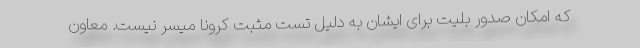
که امکان صدور بلیت برای ایشان به دلیل تست مثبت کرونا میسر نیست. معاون